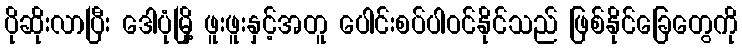
ပိုဆိုးလာပြီး ဒေါပုံမြို့ ဖူးဖူးနှင့်အတူ ပေါင်းစပ်ပါဝင်နိုင်သည် ဖြစ်နိုင်ခြေတွေကို